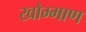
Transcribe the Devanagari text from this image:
खोम्माण